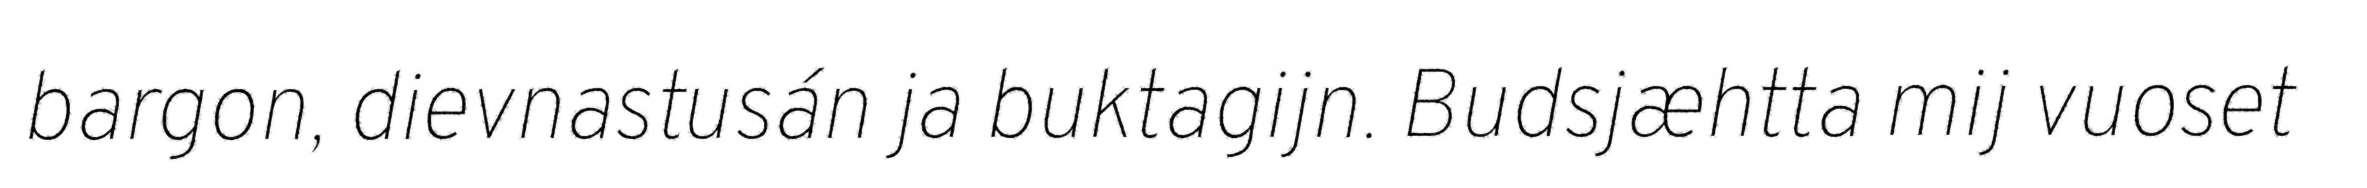
bargon, dievnastusán ja buktagijn. Budsjæhtta mij vuoset